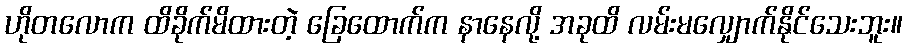
ဟိုတလောက ထိခိုက်မိထားတဲ့ ခြေထောက်က နာနေလို့ အခုထိ လမ်းမလျှောက်နိုင်သေးဘူး။